Scottish Leaving Certificate Examination, 1954
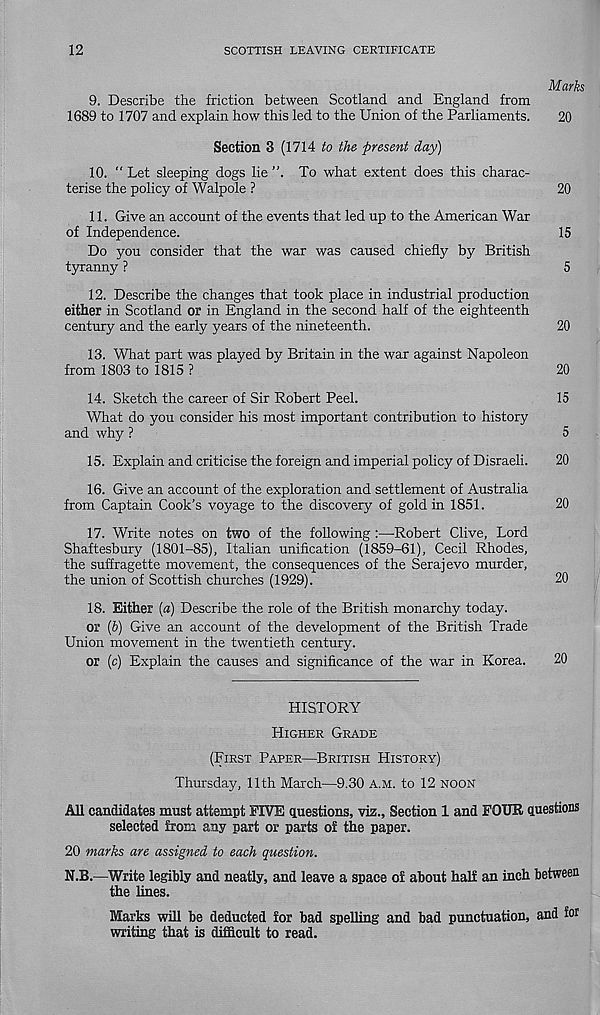
12
SCOTTISH LEAVING CERTIFICATE
Marks
9. Describe the friction between Scotland and England from
1689 to 1707 and explain how this led to the Union of the Parliaments.
20
Section 3 (1714 to the present day)
10. “ Let sleeping dogs lie ”. To what extent does this charac-
terise the policy of Walpole ?
20
11. Give an account of the events that led up to the American War
of Independence.
15
Do you consider that the war was caused chiefly by British
tyranny ?
5
12. Describe the changes that took place in industrial production
either in Scotland or in England in the second half of the eighteenth
century and the early years of the nineteenth.
20
13. What part was played by Britain in the war against Napoleon
from 1803 to 1815 ?
20
14. Sketch the career of Sir Robert Peel.
15
What do you consider his most important contribution to history
and why ?
5
15. Explain and criticise the foreign and imperial policy of Disraeli.
20
16. Give an account of the exploration and settlement of Australia
from Captain Cook’s voyage to the discovery of gold in 1851.
20
17. Write notes on two of the following:—Robert Clive, Lord
Shaftesbury (1801-85), Italian unification (1859-61), Cecil Rhodes,
the suffragette movement, the consequences of the Serajevo murder,
the union of Scottish churches (1929).
20
18. Either [a] Describe the role of the British monarchy today.
or [b] Give an account of the development of the British Trade
Union movement in the twentieth century.
or (c) Explain the causes and significance of the war in Korea.
20
HISTORY
HIGHER GRADE
(FIRST PAPER—BRITISH HISTORY)
Thursday, 11th March—9.30 A.M. to 12 NOON
All candidates must attempt FIVE questions, viz., Section 1 and FOUR, questions
selected from any part or parts of the paper.
20 marks are assigned to each question.
N.B.—Write legibly and neatly, and leave a space of about half an inch between
the lines.
Marks will be deducted for bad spelling and bad punctuation, and for
writing that is difficult to read.